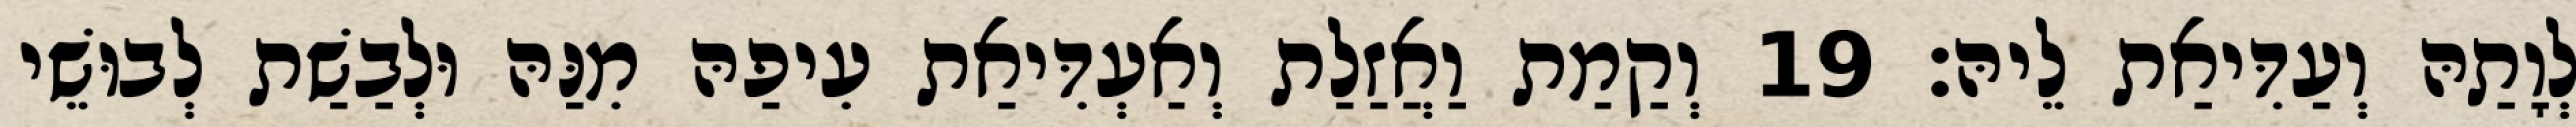
לְוָתַהּ וְעַדִּיאַת לֵיהּ׃ 19 וְקַמַת וַאֲזַלַת וְאַעְדִּיאַת עִיפַהּ מִנַּהּ וּלְבַשַׁת לְבוּשֵׁי